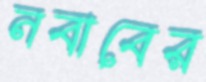
নবাবের